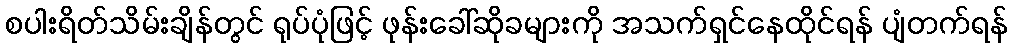
စပါးရိတ်သိမ်းချိန်တွင် ရုပ်ပုံဖြင့် ဖုန်းခေါ်ဆိုခများကို အသက်ရှင်နေထိုင်ရန် ပျံတက်ရန်